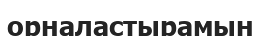
орналастырамын